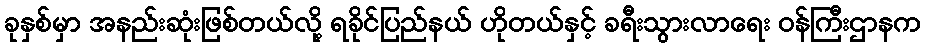
ခုနှစ်မှာ အနည်းဆုံးဖြစ်တယ်လို့ ရခိုင်ပြည်နယ် ဟိုတယ်နှင့် ခရီးသွားလာရေး ဝန်ကြီးဌာနက